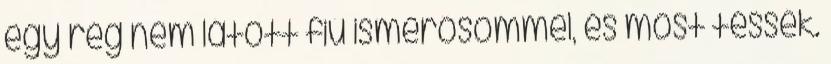
egy rég nem látott fiú ismerősömmel, és most tessék.